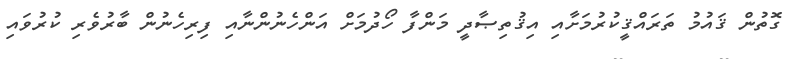
ގޮތުން ޤައުމު ތަރައްޤީކުރުމަށާއި އިޤުތިޞާދީ މަންފާ ހޯދުމަށް އަންހެނުންނާއި ފިރިހެނުން ބާރުވެރި ކުރުވައި